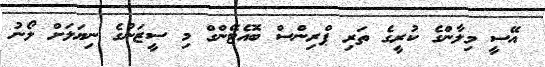
އޭސީ މިލާންގެ ކުރީގެ ތަރި ޕްރިންސް ބޮއެޓޭންގް މި ސީޒަނުގެ ނިޔަލަށް ލޯނު